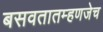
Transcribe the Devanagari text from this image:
बसवतातम्हणजेच